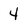
Character: 4